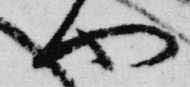
也